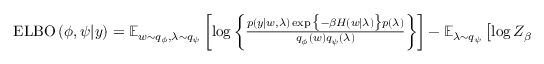
\begin{array} { r } { \operatorname { E L B O } \left( \phi , \psi \vert y \right) = \operatorname { \mathbb { E } } _ { w \sim q _ { \phi } , \lambda \sim q _ { \psi } } \left[ \log \left\{ \frac { p \left( y | w , \lambda \right) \exp \big \{ - \beta H \left( w | \lambda \right) \big \} p \left( \lambda \right) } { q _ { \phi } ( w ) q _ { \psi } ( \lambda ) } \right\} \right] - \operatorname { \mathbb { E } } _ { \lambda \sim q _ { \psi } } \left[ \log Z _ { \beta } ( \lambda ) \right] . } \end{array}